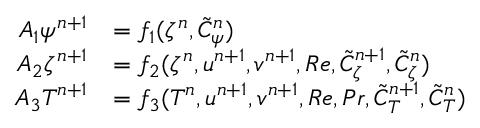
\begin{array} { r l } { A _ { 1 } \psi ^ { n + 1 } } & { = f _ { 1 } ( \zeta ^ { n } , \tilde { C } _ { \psi } ^ { n } ) } \\ { A _ { 2 } \zeta ^ { n + 1 } } & { = f _ { 2 } ( \zeta ^ { n } , u ^ { n + 1 } , v ^ { n + 1 } , R e , \tilde { C } _ { \zeta } ^ { n + 1 } , \tilde { C } _ { \zeta } ^ { n } ) } \\ { A _ { 3 } T ^ { n + 1 } } & { = f _ { 3 } ( T ^ { n } , u ^ { n + 1 } , v ^ { n + 1 } , R e , P r , \tilde { C } _ { T } ^ { n + 1 } , \tilde { C } _ { T } ^ { n } ) } \end{array}